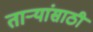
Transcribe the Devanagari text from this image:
ताऱ्यांसाठी